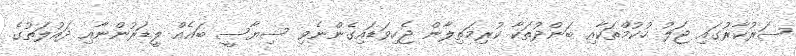
ސަރުކާރުގައި ޖަލު ހުކުމްތަކާއި ބަންދުތަކާ ކުރިމަތިލާން ޖެހިވަޑައިގެންނެވި ސިޔާސީ ބައެއް ލީޑަރުންނާއި ދައުލަތުގެ